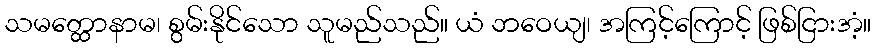
သမတ္ထောနာမ၊ စွမ်းနိုင်သော သူမည်သည်။ ယံ ဘဝေယျ၊ အကြင့်ကြောင့် ဖြစ်ငြားအံ့။